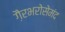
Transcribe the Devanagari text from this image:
ग़ैरभरोसेमंद